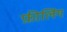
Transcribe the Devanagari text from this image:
फ़ीलिंग